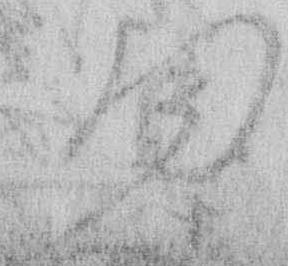
ま